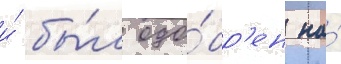
и́ бы́л одо́бр'ен на́